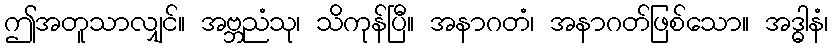
ဤအတူသာလျှင်။ အဗ္ဘညံသု၊ သိကုန်ပြီ။ အနာဂတံ၊ အနာဂတ်ဖြစ်သော။ အဒ္ဓါနံ၊